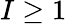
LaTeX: I\geq 1